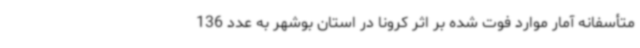
متأسفانه آمار موارد فوت‌ شده بر اثر کرونا در استان بوشهر به عدد 136